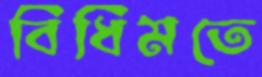
বিধিমতে